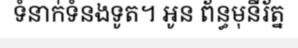
ទំនាក់ទំនងទូត។ អូន ព័ន្ធមុនីរ័ត្ន